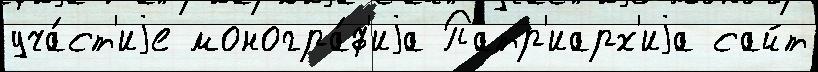
уча́ст'иjе моногра́ф'иjа Патр'иарх'иjа сайт